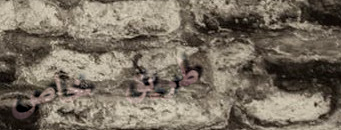
طريق خاص